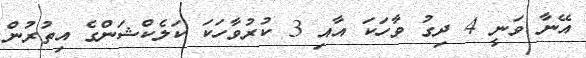
އޭނާ ވަނީ 4 ދިގު ވާހަކަ އާއި 3 ކުރުވާހަކަ ކަލެކްޝަންގެ އިތުރުން